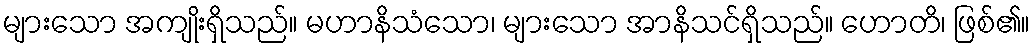
များသော အကျိုးရှိသည်။ မဟာနိသံသော၊ များသော အာနိသင်ရှိသည်။ ဟောတိ၊ ဖြစ်၏။